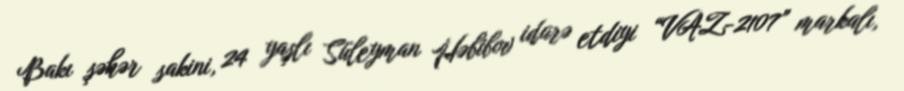
Bakı şəhər sakini, 24 yaşlı Süleyman Həbibov idarə etdiyi “VAZ-2107” markalı,